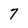
Character: 7